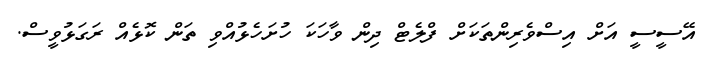
އޭސީސީ އަށް އިސްވެރިންތަކަށް ފްލެޓް ދިން ވާހަކަ ހުށަހެޅުއްވި ތަން ކޮޅެއް ރަގަޅުވީސް.